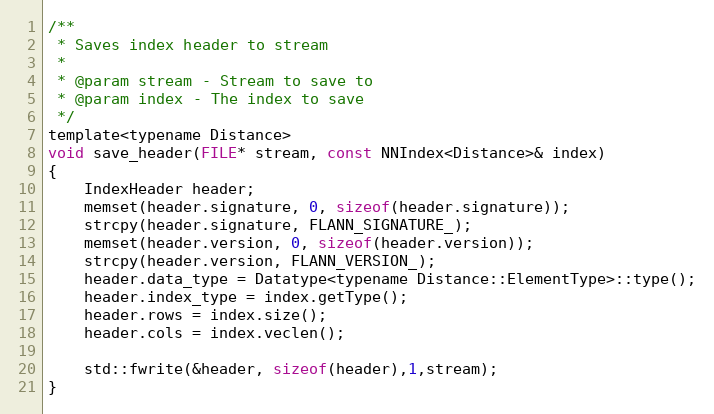
Language: C
/**
 * Saves index header to stream
 *
 * @param stream - Stream to save to
 * @param index - The index to save
 */
template<typename Distance>
void save_header(FILE* stream, const NNIndex<Distance>& index)
{
    IndexHeader header;
    memset(header.signature, 0, sizeof(header.signature));
    strcpy(header.signature, FLANN_SIGNATURE_);
    memset(header.version, 0, sizeof(header.version));
    strcpy(header.version, FLANN_VERSION_);
    header.data_type = Datatype<typename Distance::ElementType>::type();
    header.index_type = index.getType();
    header.rows = index.size();
    header.cols = index.veclen();

    std::fwrite(&header, sizeof(header),1,stream);
}